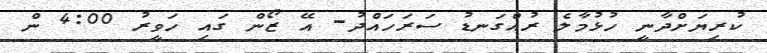
ކުރިޔަށްދާނީ ހުޅުމާލެ ރުއްގަނޑު ސަރަހައްދު- އޭ ޒޯން ގައި ހަވީރު 4:00 ން